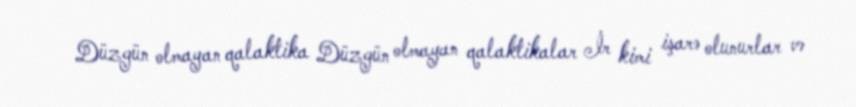
Düzgün olmayan qalaktika Düzgün olmayan qalaktikalar İr kimi işarə olunurlar və